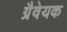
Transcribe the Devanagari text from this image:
ग्रैवेयक